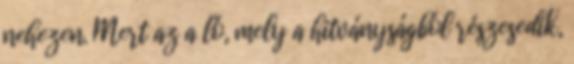
nehezen. Mert az a ló, mely a hitványságból részesedik,